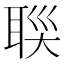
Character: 𦕯